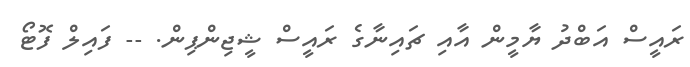
ރައީސް އަބްދު ޔާމީން އާއި ޗައިނާގެ ރައީސް ޝީޖިންޕިން. -- ފައިލް ފޮޓޯ